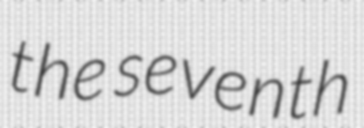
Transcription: the seventh